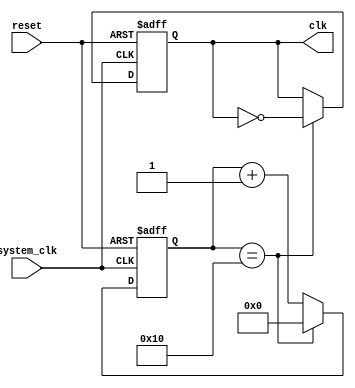
module CPU_clk(system_clk,reset,clk);
input system_clk,reset;
output reg clk;
reg [4:0] count;
initial 
 begin
  count<=5'b0;
  clk<=1'b1;
 end
always @(posedge system_clk or posedge reset) 
 begin
  if(reset)
   begin
    count<=9'b0;
    clk<=1'b1;
   end
  else
   begin
    if(count==5'b10000)
     begin 
	    clk<=~clk; 
	    count<=5'b0;
	   end
    else
     begin
      count<=count+1; 
     end
   end
 end
endmodule